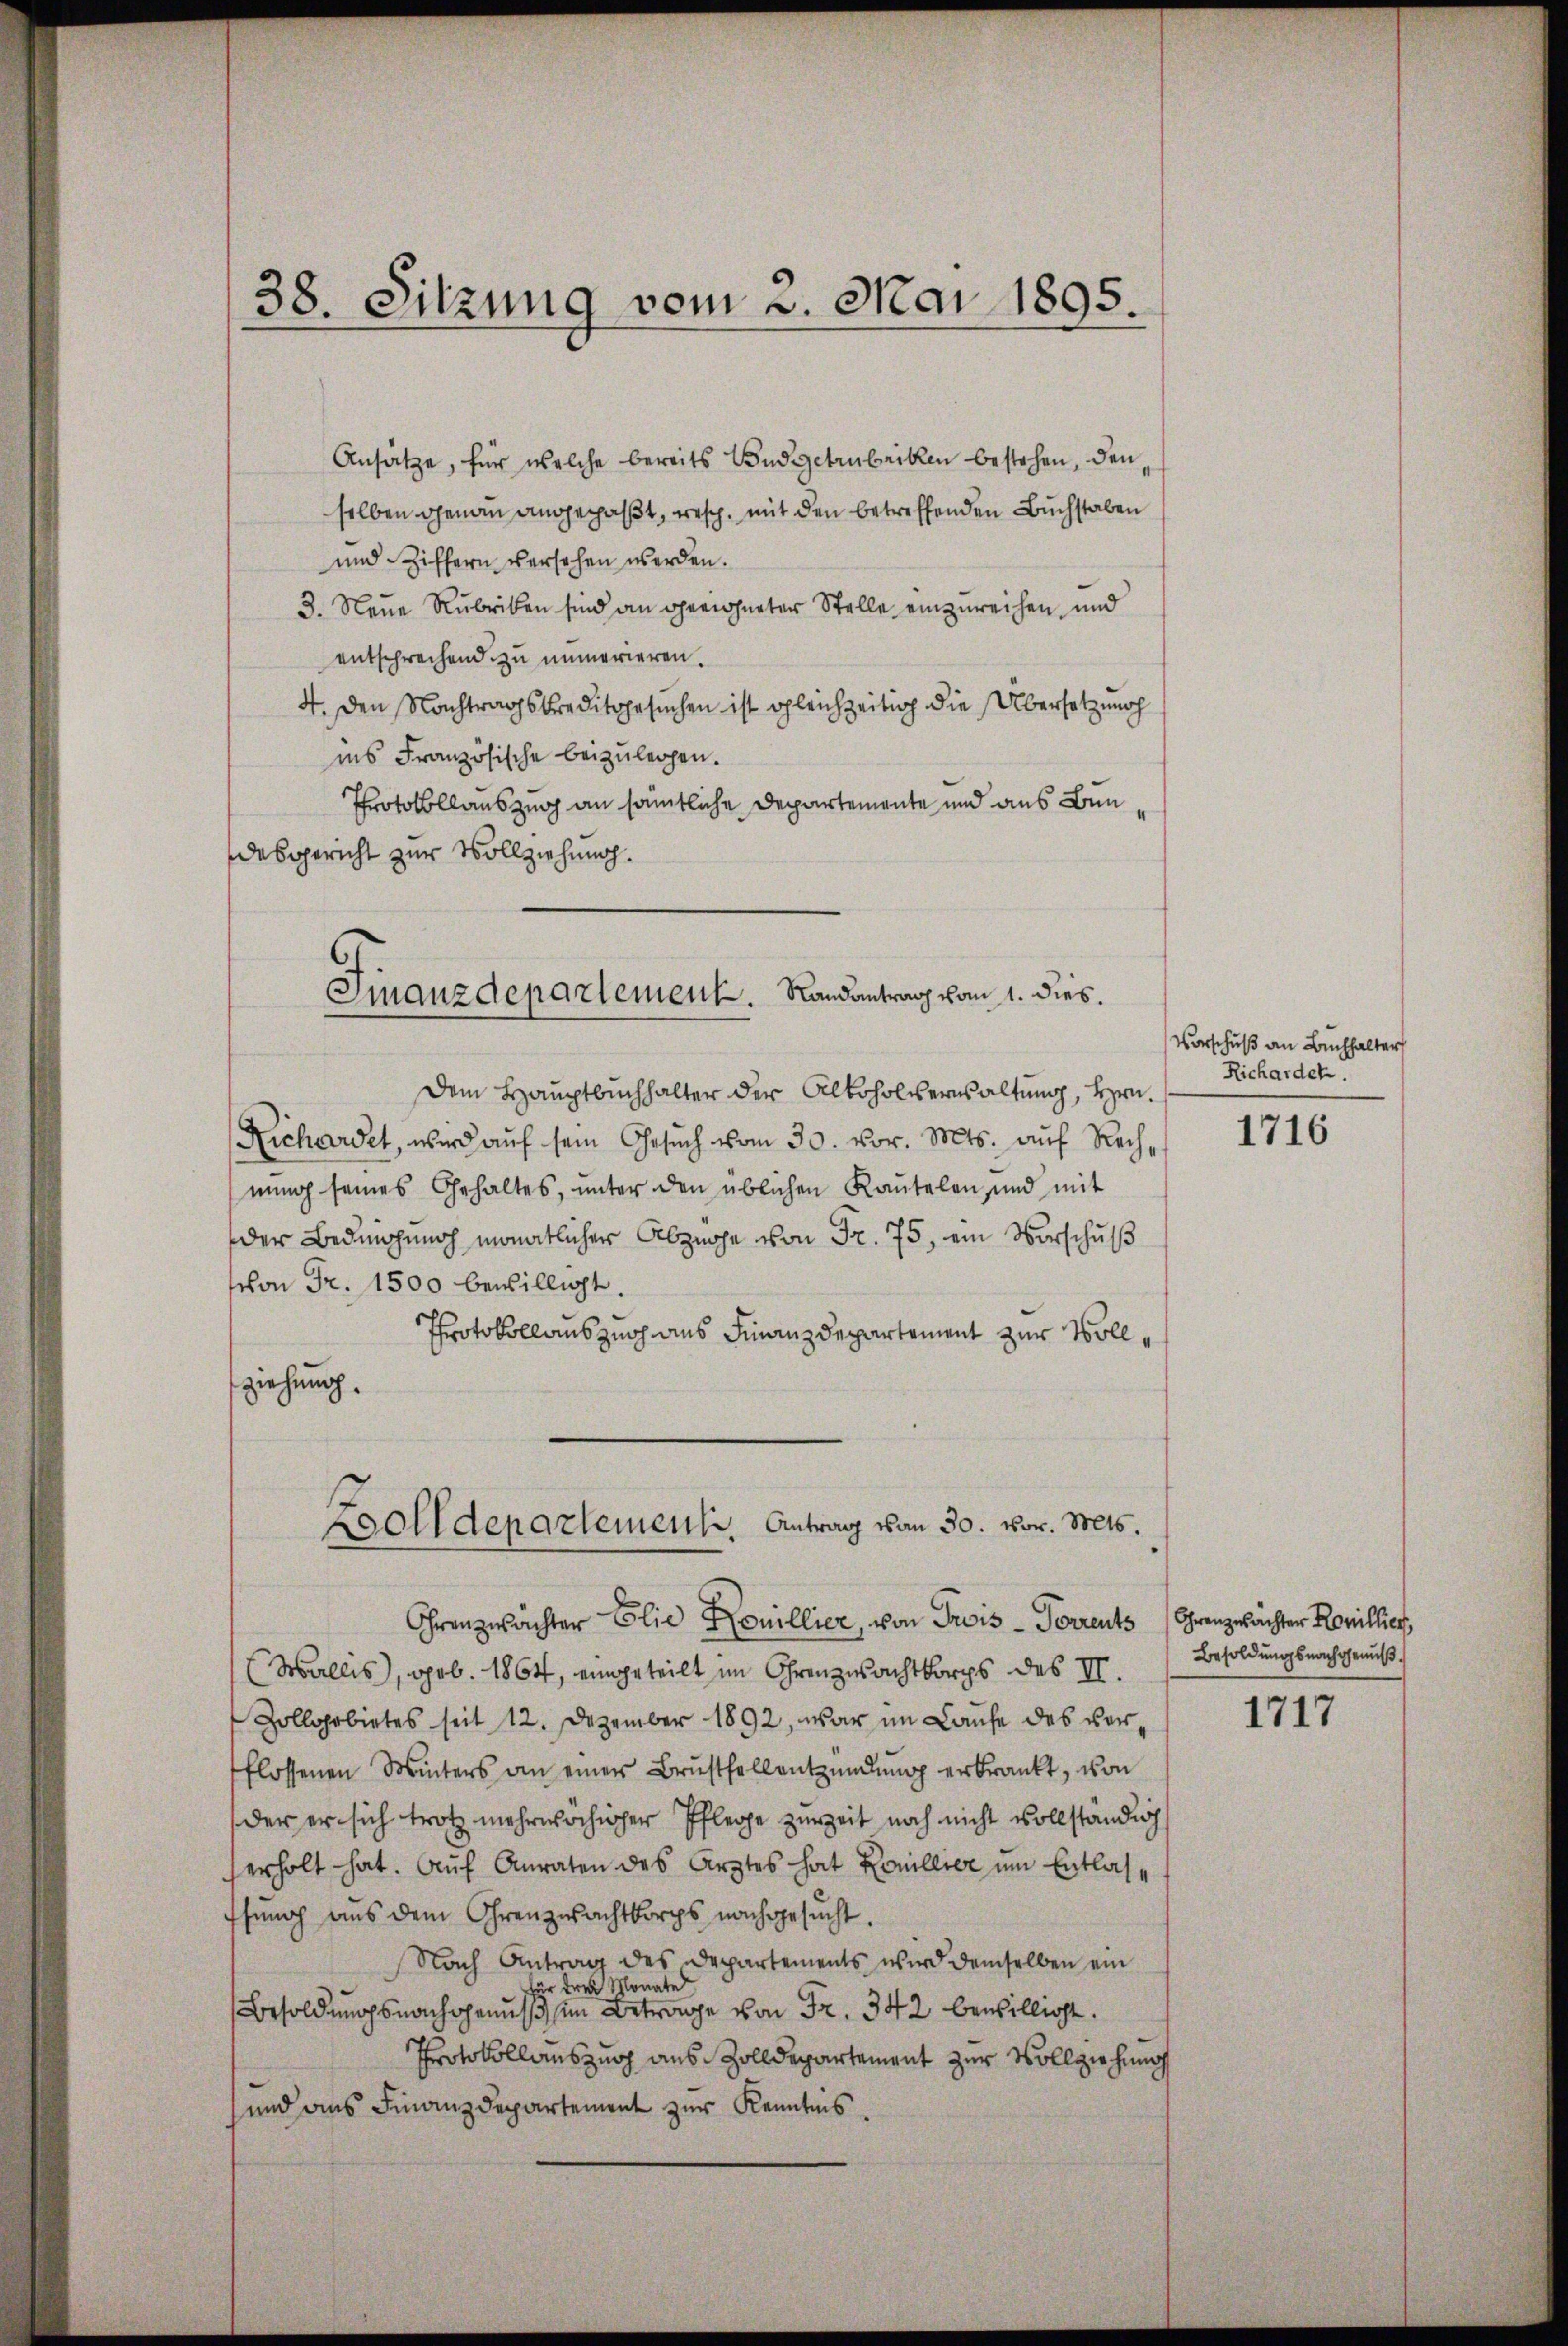
38. Sitzung vom 3. Mai 1895.

Ansätze, für welche bereits Budgetrubriken bestehen, denselben genau angepaßt, resp. mit den betreffenden Buchstaben
und Ziffern versehen werden.
3. Neue Rubriken sind an gewohneter Stelle einzureichen und
entsprechend zu immerieren.
4. Den Nachtragskreditgesuchen ist gleichzeitig die Übersetzung
ins Französische beizulegen.
Protokollauszug an sämtliche Departemente und aus Ben
desgericht zur Vollziehung.
Dem Hauptbuchhalter der Alkoholverwaltung, Hrn.
Richardet, wird aŭf sein Gesŭch vom 30. vor. Mts. aŭf Rechnŭng seines Gehaltes, unter den üblichen Kautelen, und mit
der Bedingung monatlicher Abzüge von Fr. 75, ein Vorschuß
schon Fr. 1500 bewilligt.
Protokollauszug aus Finanzdepartement zur Vollziehung.
Zolldepartement. Antrag von 30. vor. Mts.
Ohrenzutächter Elie Konillier, von Trois-Perrents
(Wallis, geb. 1864, eingeteilt im Ohrenzwachtkorps des II.
Zollarbietes seit 12. Dezember 1892, war im Laufe des verflossenen Winters an einer Brustfellentzündŭng erkrankt, von
der er sich trotz mehrwächiger Pflege zur Zeit noch nicht vollständig
erholt hat. Auf Anraten des Arztes hat Konillier um Entlasfŭng aus dem Ohrenzwachtkorps nachgesucht.
Nach Antrag des Departements wird demselben ein
 drei Monate
Besoldungsnachgenuß im Betrage von Fr. 342 bewilligt.
Protokollauszug aus Zolldepartement zur Vollziehung
und aus Finanzdepartement zur Kenntnis.

Finanzdepartement. Randantrag vom 1. dies.

Vorschuß an Buchhalter
Richarden.

1716

Grenzwachter Kollier
Besoldungsnachgenuß.

1717